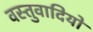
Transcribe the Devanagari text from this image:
वस्तुवादियों